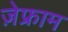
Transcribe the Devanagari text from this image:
ज़ेफ्राम